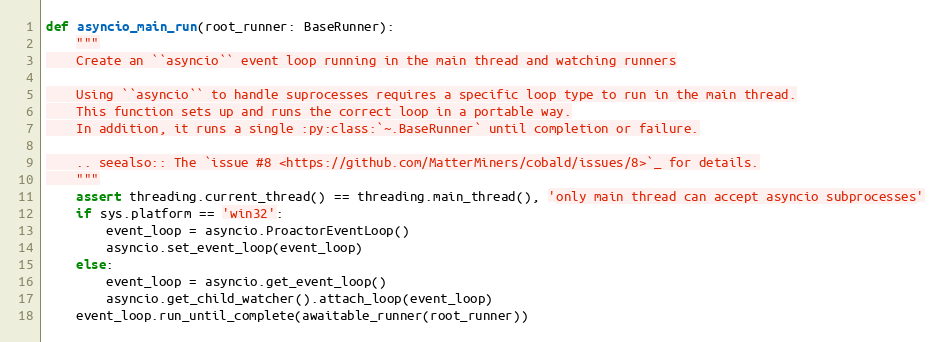
Language: Python
def asyncio_main_run(root_runner: BaseRunner):
    """
    Create an ``asyncio`` event loop running in the main thread and watching runners

    Using ``asyncio`` to handle suprocesses requires a specific loop type to run in the main thread.
    This function sets up and runs the correct loop in a portable way.
    In addition, it runs a single :py:class:`~.BaseRunner` until completion or failure.

    .. seealso:: The `issue #8 <https://github.com/MatterMiners/cobald/issues/8>`_ for details.
    """
    assert threading.current_thread() == threading.main_thread(), 'only main thread can accept asyncio subprocesses'
    if sys.platform == 'win32':
        event_loop = asyncio.ProactorEventLoop()
        asyncio.set_event_loop(event_loop)
    else:
        event_loop = asyncio.get_event_loop()
        asyncio.get_child_watcher().attach_loop(event_loop)
    event_loop.run_until_complete(awaitable_runner(root_runner))